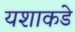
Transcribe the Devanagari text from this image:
यशाकडे